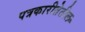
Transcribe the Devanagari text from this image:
पत्रकारीतेतील